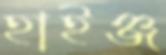
হাইঞ্জ